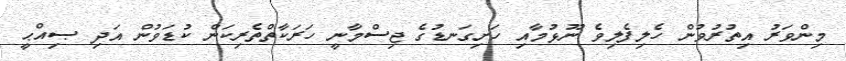
މިންވަރު އިތުރުވުން ހެލިފެލިވެ ނޫޅުމާއި ހަށިގަނޑުގެ ޖިސްމާނީ ހަރަކާތްތެރިކަން ކުޑަވުން އަދި ޞިއްޙީ